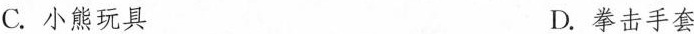
C.小熊玩具 D.拳击手套